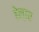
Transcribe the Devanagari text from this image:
हेल्डर